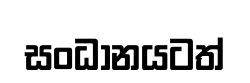
සංධානයටත්